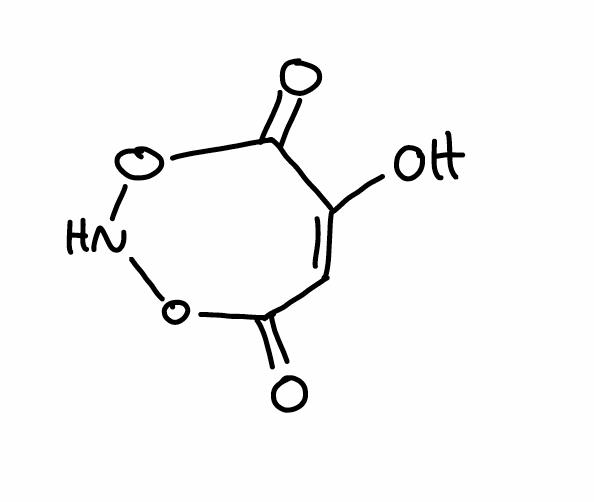
Simplified molecular-input line-entry system (SMILES) notation of the given molecule:
C1=C(C(=O)ONOC1=O)O